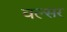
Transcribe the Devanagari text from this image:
वल्सर